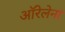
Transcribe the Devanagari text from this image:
ऑरेलेना